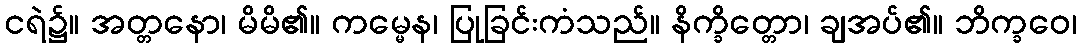
ငရဲ၌။ အတ္တနော၊ မိမိ၏။ ကမ္မေန၊ ပြုခြင်းကံသည်။ နိက္ခိတ္တော၊ ချအပ်၏။ ဘိက္ခဝေ၊